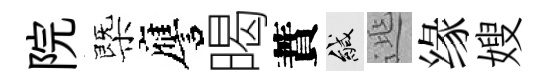
院㮣譍暍蕡緘𨓱缘嫂